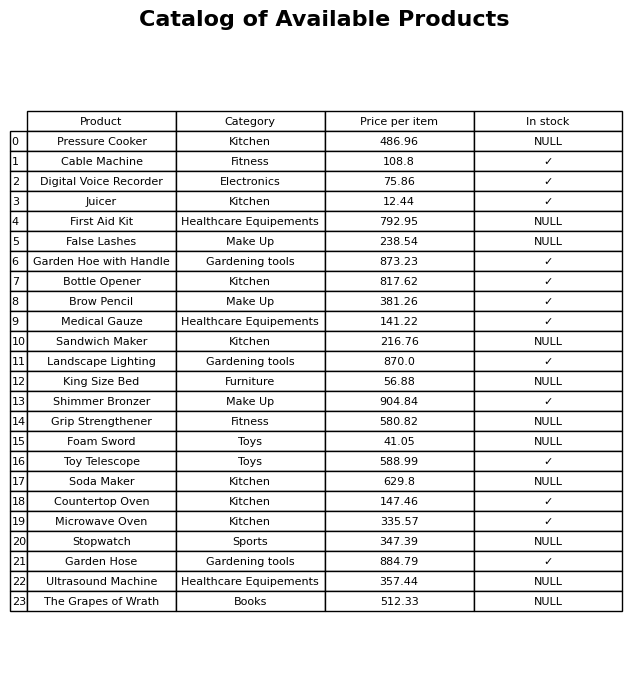
question: Which products are currently out of stock?
answer: Pressure Cooker, First Aid Kit, False Lashes, Sandwich Maker, King Size Bed, Grip Strengthener, Foam Sword, Soda Maker, Stopwatch, Ultrasound Machine, The Grapes of Wrath